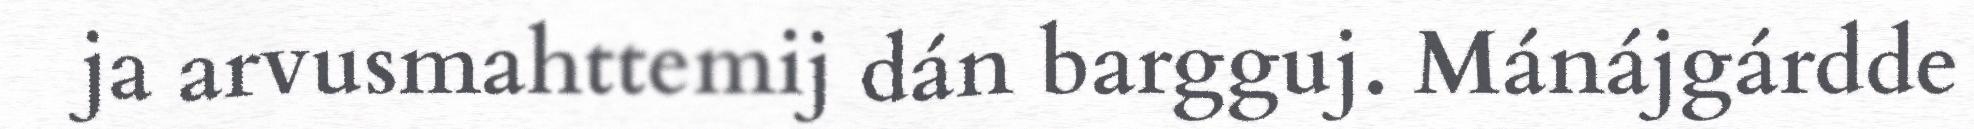
ja arvusmahttemij dán bargguj. Mánájgárdde